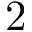
2